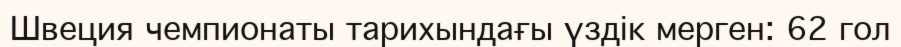
Швеция чемпионаты тарихындағы үздік мерген: 62 гол